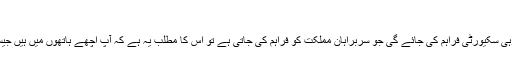
'
کرس گیل کا کہنا ہے کہ اگر پاکستان کہتا ہے کہ آپ کو وہی سکیورٹی فراہم کی جائے گی جو سربراہان مملکت کو فراہم کی جاتی ہے تو اس کا مطلب یہ ہے کہ آپ اچھے ہاتھوں میں ہیں جیسا کہ اسوقت ہم بنگلہ دیش میں بھی محفوظ ہاتھوں میں ہیں۔